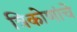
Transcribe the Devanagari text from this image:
त्रिकोणांचे